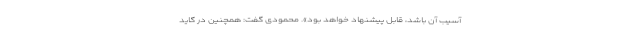
آسیب آن باشد، قابل پیشنهاد خواهد بود». محمودی گفت: همچنین در گاید